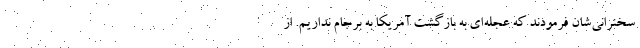
سخنرانی‌شان فرمودند که عجله‌ای به بازگشت آمریکا به برجام نداریم. از